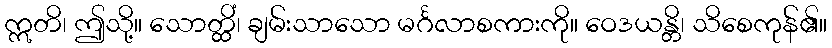
ဣတိ၊ ဤသို့။ သောတ္ထိံ၊ ချမ်းသာသော မင်္ဂလာစကားကို။ ဝေဒယန္တိ၊ သိစေကုန်၏။